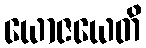
ယောဇယေတိ